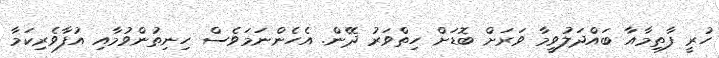
ހުރީ ފާތިމާއާ ބައްދަލުވީމާ ވަރަށް ބޮޑަށް ހިތްވަރު ދޭން. އެހެންނަމަވެސް ހިނިތުންވުމާއި އުފާވެރިކަމާ